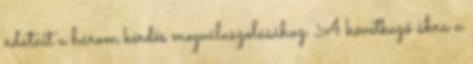
adatait a három kérdés megválaszolásához. A következő ábra a